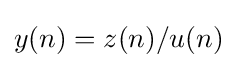
{\textstyle y(n)=z(n)/u(n)}